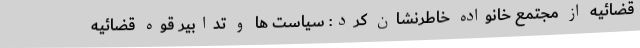
قضائیه از مجتمع خانواده خاطرنشان کرد: سیاست ها و تدابیر قوه قضائیه